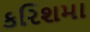
કરિશમા